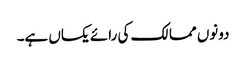
دونوں ممالک کی رائے یکساں ہے۔